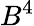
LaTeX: B^{4}